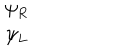
\begin{array} { c } { { \psi _ { R } } } \\ { { \psi _ { L } } } \\ \end{array}